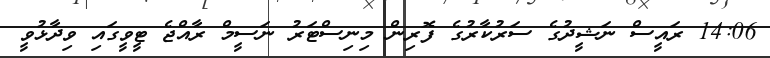
14:06 ރައީސް ނަޝީދުގެ ސަރުކާރުގެ ފޮރިން މިނިސްޓަރު ނަސީމް ރާއްޖެ ޓީވީގައި ވިދާޅުވީ